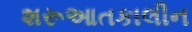
શરૂઆતકાલીન